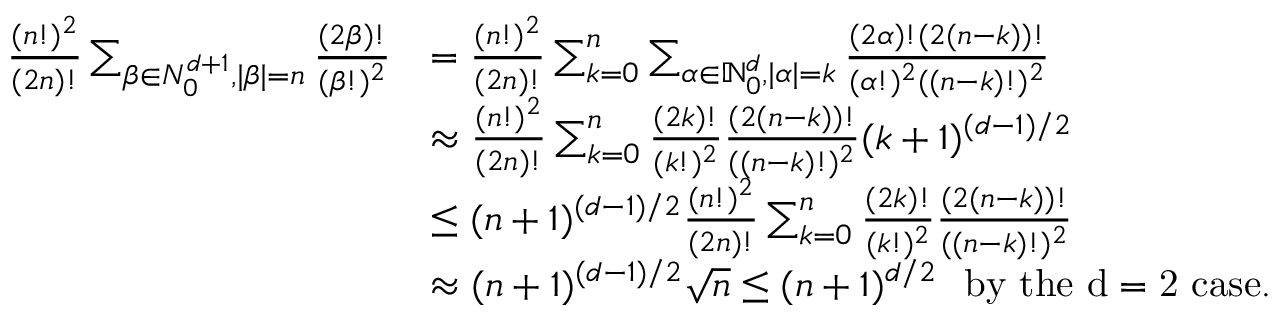
\begin{array} { r l } { \frac { ( n ! ) ^ { 2 } } { ( 2 n ) ! } \sum _ { \beta \in N _ { 0 } ^ { d + 1 } , | \beta | = n } \frac { ( 2 \beta ) ! } { ( \beta ! ) ^ { 2 } } } & { = \frac { ( n ! ) ^ { 2 } } { ( 2 n ) ! } \sum _ { k = 0 } ^ { n } \sum _ { \alpha \in \mathbb { N } _ { 0 } ^ { d } , | \alpha | = k } \frac { ( 2 \alpha ) ! ( 2 ( n - k ) ) ! } { ( \alpha ! ) ^ { 2 } ( ( n - k ) ! ) ^ { 2 } } } \\ & { \approx \frac { ( n ! ) ^ { 2 } } { ( 2 n ) ! } \sum _ { k = 0 } ^ { n } \frac { ( 2 k ) ! } { ( k ! ) ^ { 2 } } \frac { ( 2 ( n - k ) ) ! } { ( ( n - k ) ! ) ^ { 2 } } ( k + 1 ) ^ { ( d - 1 ) / 2 } } \\ & { \le ( n + 1 ) ^ { ( d - 1 ) / 2 } \frac { ( n ! ) ^ { 2 } } { ( 2 n ) ! } \sum _ { k = 0 } ^ { n } \frac { ( 2 k ) ! } { ( k ! ) ^ { 2 } } \frac { ( 2 ( n - k ) ) ! } { ( ( n - k ) ! ) ^ { 2 } } } \\ & { \approx ( n + 1 ) ^ { ( d - 1 ) / 2 } \sqrt { n } \le ( n + 1 ) ^ { d / 2 } \ \ \mathrm { b y ~ t h e ~ d = 2 ~ c a s e . } } \end{array}